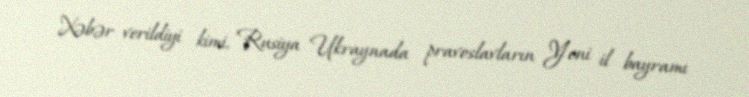
Xəbər verildiyi kimi, Rusiya Ukraynada pravoslavların Yeni il bayramı